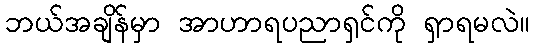
ဘယ်အချိန်မှာ အာဟာရပညာရှင်ကို ရှာရမလဲ။